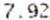
7.92